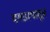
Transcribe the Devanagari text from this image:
दगडापातून